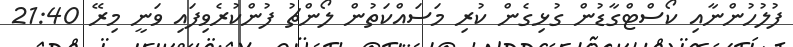
ފުލުހުންނާއި ކޯސްޓްގާޑުން ގުޅިގެން ކުރި މަސައްކަތުން ލޯންޗު ފުންކުރެވިފައި ވަނީ މިރޭ 21:40